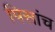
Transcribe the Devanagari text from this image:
पिसांच